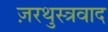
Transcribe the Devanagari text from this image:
ज़रथुस्त्रवाद